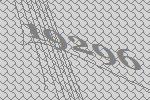
19296